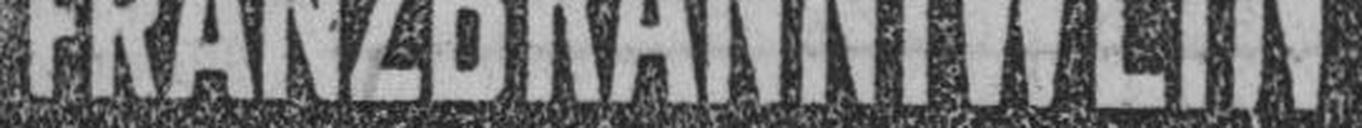
FRANZBRANNTWEIN